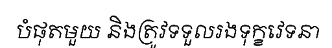
បំផុតមួយ និងត្រូវទទួលរងទុក្ខវេទនា